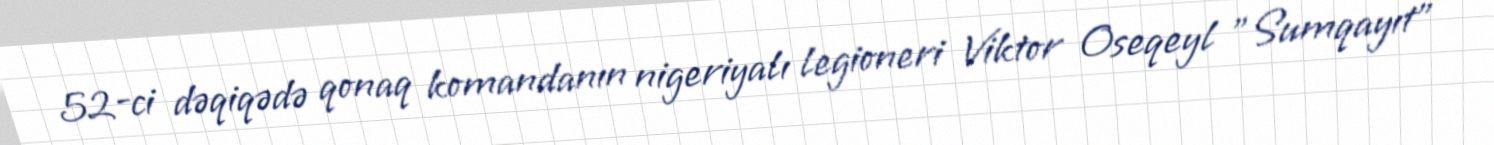
52-ci dəqiqədə qonaq komandanın nigeriyalı legioneri Viktor Oseqeyl "Sumqayıt"